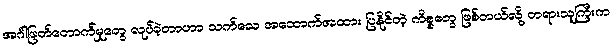
အင်္ဂါဖြတ်တောက်မှုတွေ လုပ်ခဲ့တာဟာ သက်သေ အထောက်အထား ပြနိုင်တဲ့ ကိစ္စတွေ ဖြစ်တယ်လို့ တရားသူကြီးက